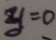
y = 0